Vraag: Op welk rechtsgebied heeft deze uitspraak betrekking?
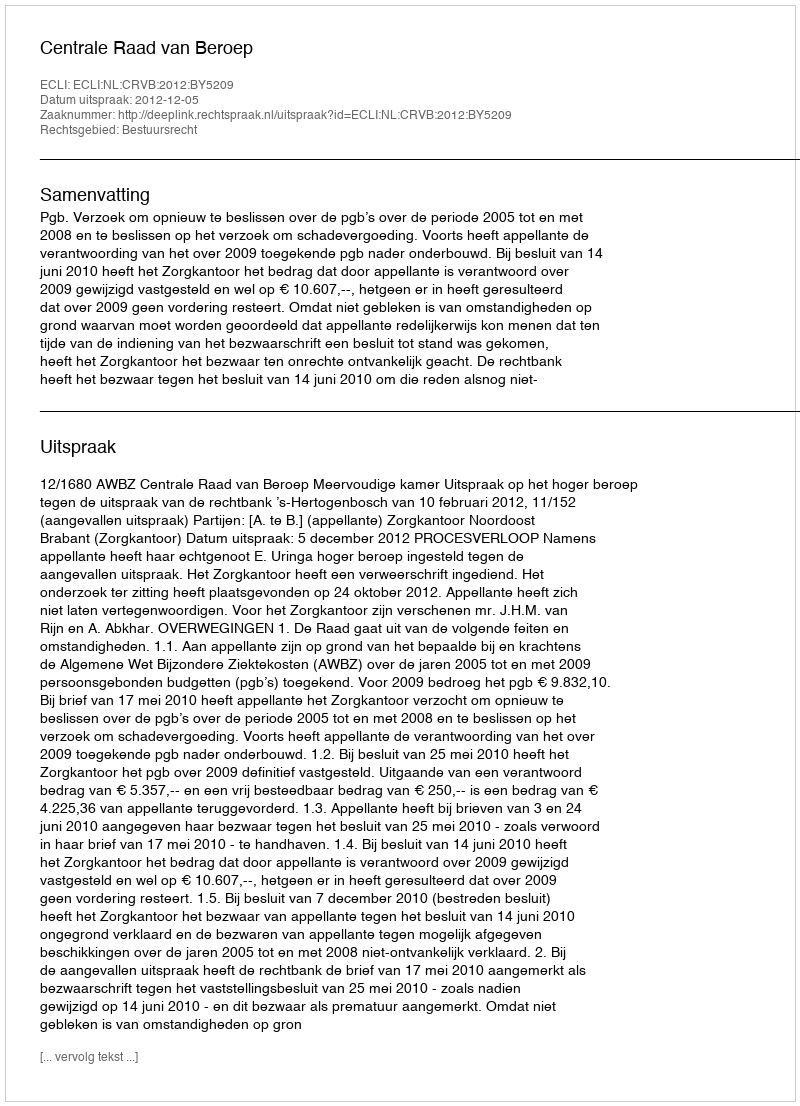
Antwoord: Bestuursrecht